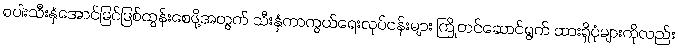
စပါးသီးနှံအောင်မြင်ဖြစ်ထွန်းစေဖို့အတွက် သီးနှံကာကွယ်ရေးလုပ်ငန်းများ ကြိုတင်ဆောင်ရွက် ထားရှိပုံများကိုလည်း